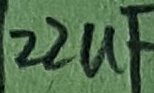
Text: 22uF